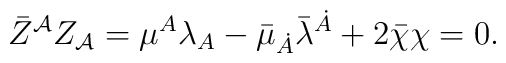
\bar Z^{\cal A}Z_{\cal A}=\mu^A\lambda_A-\bar\mu_{\dot A}\bar\lambda^{\dot A}+2\bar\chi\chi =0.